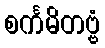
စင်္ကမိတဗ္ဗံ